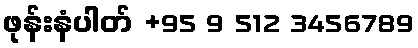
ဖုန်းနံပါတ် +95 9 512 3456789